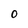
Character: O